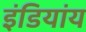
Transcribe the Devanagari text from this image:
इंडियांय